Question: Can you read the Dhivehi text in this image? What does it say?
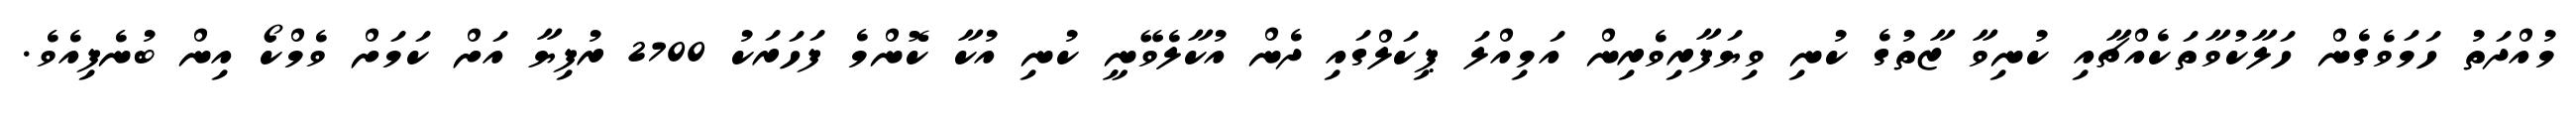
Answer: މުއްދަތު ހަމަވެގެން ހަލާކުވާތަކެއްޗާއި ކުނިވާ ޒާތުގެ ކުނި ވިޔަފާރިވެރިން އަމިއްލަ ޕިކަލްގައި ދެން އުކާލެވޭނީ ކުނި އުކާ ކޮންމެ ފަހަރަކު 2700 ރުފިޔާ އަށް ކަމަށް ވެމްކޯ އިން ބުނެފިއެވެ.